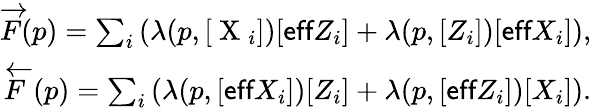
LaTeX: \begin{array}{r}{\overrightarrow{F}(p)=\sum_{i}\left(\lambda(p,[\mathrm{~X~}_{i}])[\textsf{eff}Z_{i}]+\lambda(p,[Z_{i}])[\textsf{eff}X_{i}]\right),}\\ {\overleftarrow{F}(p)=\sum_{i}\left(\lambda(p,[\textsf{eff}X_{i}])[Z_{i}]+\lambda(p,[\textsf{eff}Z_{i}])[X_{i}]\right).}\end{array}